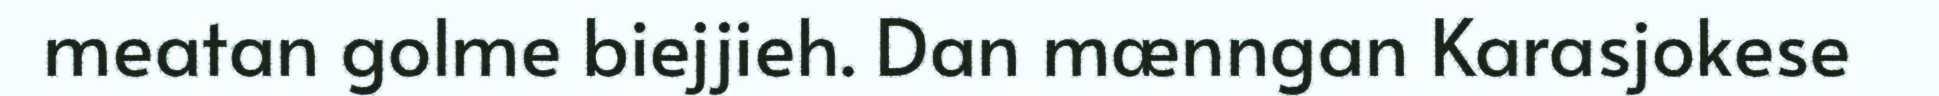
meatan golme biejjieh. Dan mænngan Karasjokese